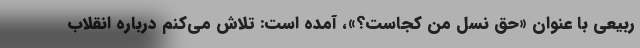
ربیعی با عنوان «حق نسل من کجاست؟»، آمده است: تلاش می‌کنم درباره انقلاب